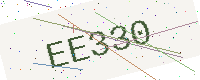
Text: EE330